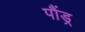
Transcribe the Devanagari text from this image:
पौंड्र